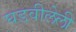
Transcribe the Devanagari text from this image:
घडवीलेली